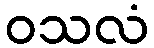
ဝသလံ